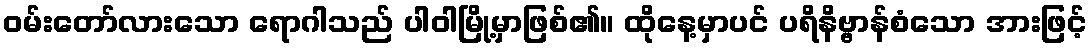
ဝမ်းတော်လားသော ရောဂါသည် ပါဝါမြို့မှာဖြစ်၏။ ထိုနေ့မှာပင် ပရိနိဗ္ဗာန်စံသော အားဖြင့်